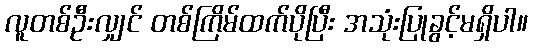
လူတစ်ဦးလျှင် တစ်ကြိမ်ထက်ပိုပြီး အသုံးပြုခွင့်မရှိပါ။